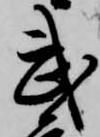
武